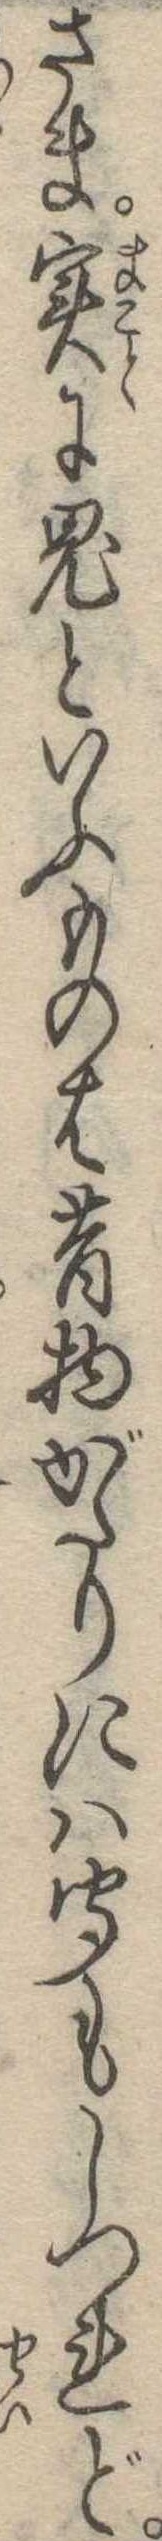
さま実に鬼といふものは昔物がたりには聞もしつれど